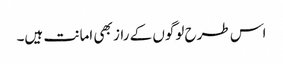
اس طرح لوگوں کے راز بھی امانت ہیں۔